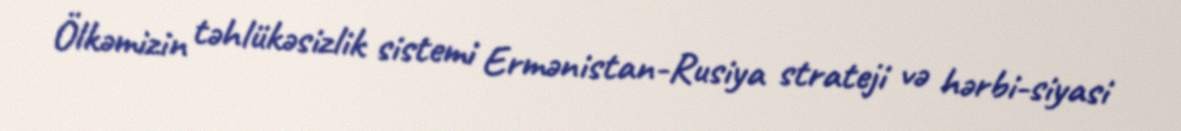
Ölkəmizin təhlükəsizlik sistemi Ermənistan-Rusiya strateji və hərbi-siyasi